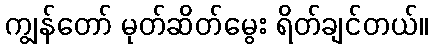
ကျွန်တော် မုတ်ဆိတ်မွေး ရိတ်ချင်တယ်။